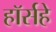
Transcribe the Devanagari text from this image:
हॉर्सहे